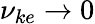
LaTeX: \nu_{ke}\rightarrow 0